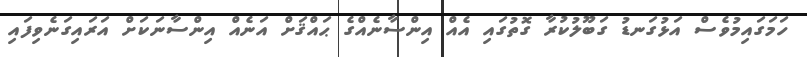
ހަމަގައިމުވެސް އަޅުގަނޑު ގަބޫލުކުރާ ގޮތުގައި އެއް އިންސާނެއްގެ ޙައްޤަށް އަނެއް އިންސާނަކަށް އަރައިގަނެވިފައި